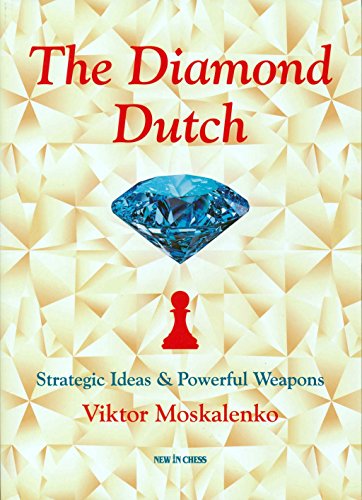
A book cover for The Diamond Dutch: Strategic Ideas & Powerful Weapons; Viktor Moskalenko; Humor & Entertainment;